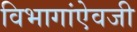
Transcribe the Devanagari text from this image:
विभागांऐवजी